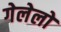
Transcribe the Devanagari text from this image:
गेलेलो